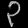
Digit: ၃